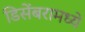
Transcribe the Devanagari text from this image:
डिसेंबरामध्ये